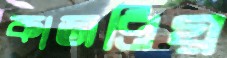
কাজপ্রিয়